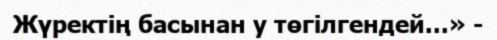
Жүректің басынан у төгілгендей...» -